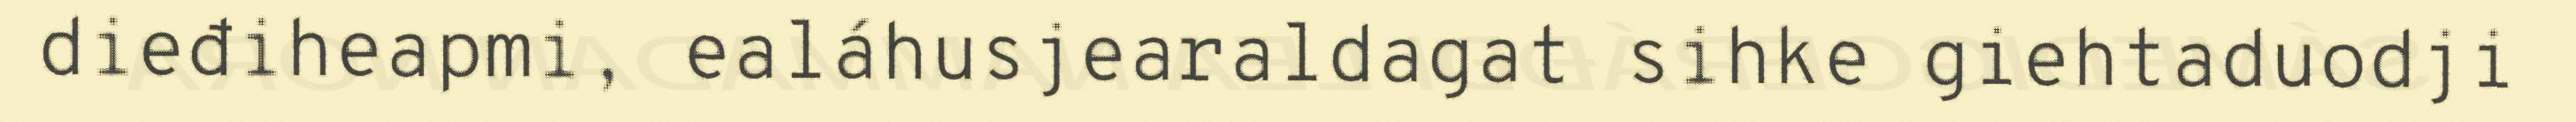
dieđiheapmi, ealáhusjearaldagat sihke giehtaduodji